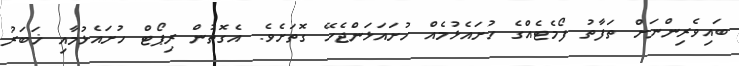
ބައިވެރިންނަށް ތަފާތު ފޯމެޓެއްގެ ހުށައެޅުމެއް ހުށައަޅަންޖެހޭ ގޮތަށެވެ. އެގޮތުން ރިޕޯޓް ހުށައެޅުމާއި ޚަބަރު